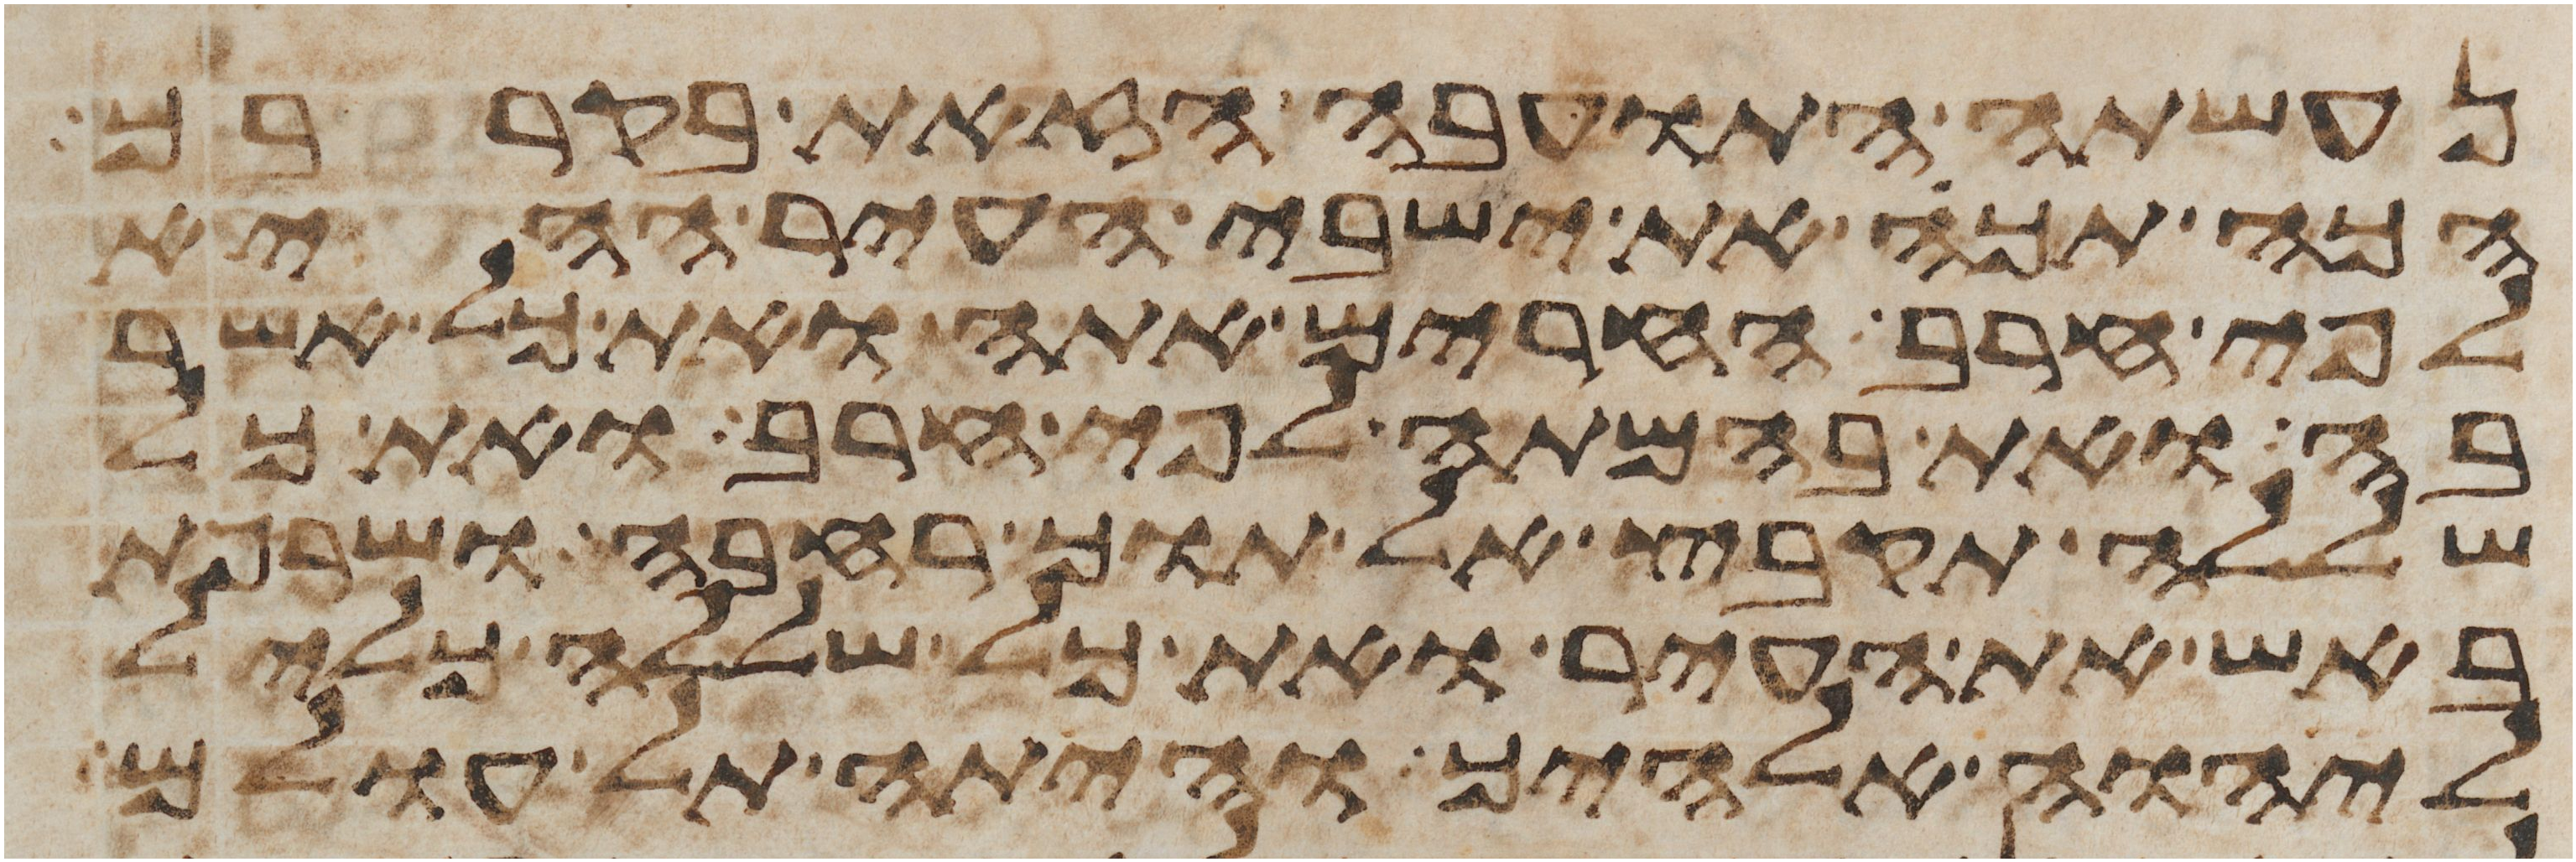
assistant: נעשתה התועבה הזאת בקרבך
הכה תכה את ישבי העיר ההיא
לפי חרב החרים אתה ואת כל אשר
בה ואת בהמתה לפי חרב ואת כל
שללה תקבץ אל תוך רחבה ושרפת
באש את העיר ואת כל שללה כליל
ליהוה אלהיך והיתה תל עולם